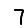
Digit: 7